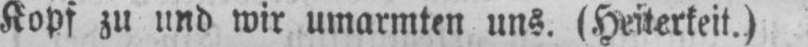
Kopf zu und wir umarmten uns. (Heiterkeit.)